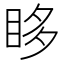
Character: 眵